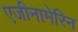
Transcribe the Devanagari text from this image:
एजीनामेरिन